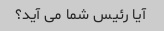
آیا رئیس شما می آید؟